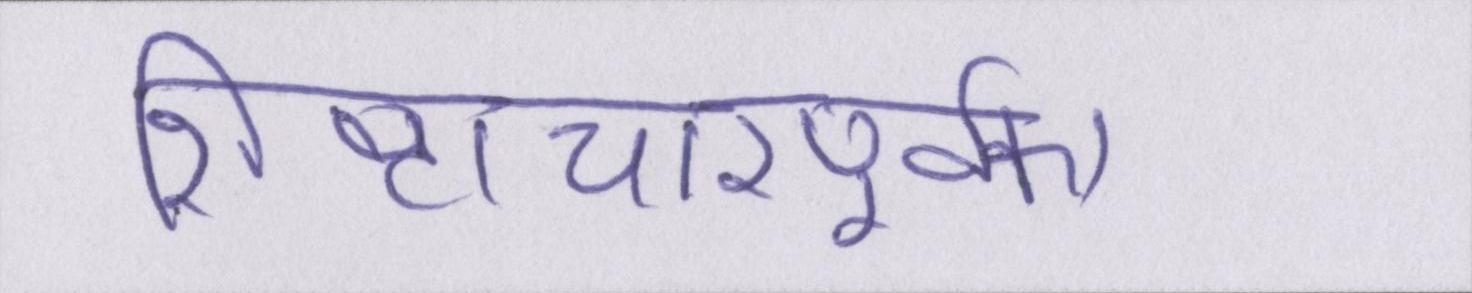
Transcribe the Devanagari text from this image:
शिष्टाचारपूर्वक।